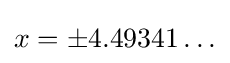
x=\pm 4.49341\ldots